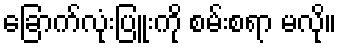
ခြောက်လုံးပြူးကို စမ်းစရာ မလို။